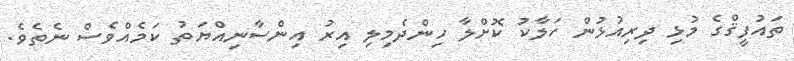
ތައުފީޤްގެ މުޅި ދިރިއުޅުން ހަލާކު ކޮށްލާ ހިންދެމިލި އިރު އިންސާނިއްޔަތު ކަމެއްވެސް ނެތެވެ.